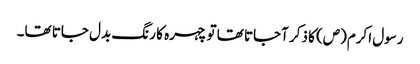
رسول اکرم(ص) کا ذکر آجاتا تھا تو چہرہ کا رنگ بدل جاتا تھا۔